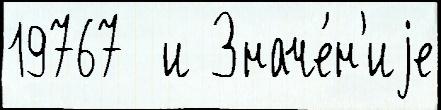
19767  и Значе́н'иjе